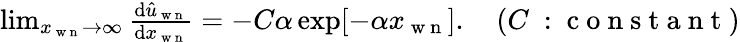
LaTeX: \begin{array}{r}{\operatorname*{lim}_{x_{\mathrm{~w~n~}}\to\infty}\frac{\mathrm{d}\hat{u}_{\mathrm{~w~n~}}}{\mathrm{d}x_{\mathrm{~w~n~}}}=-C\alpha\exp[-\alpha x_{\mathrm{~w~n~}}].\quad(C\mathrm{~:~c~o~n~s~t~a~n~t~})}\end{array}